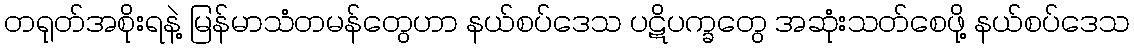
တရုတ်အစိုးရနဲ့ မြန်မာသံတမန်တွေဟာ နယ်စပ်ဒေသ ပဋိပက္ခတွေ အဆုံးသတ်စေဖို့ နယ်စပ်ဒေသ